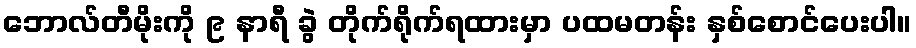
ဘောလ်တီမိုးကို ၉ နာရီ ခွဲ တိုက်ရိုက်ရထားမှာ ပထမတန်း နှစ်စောင်ပေးပါ။